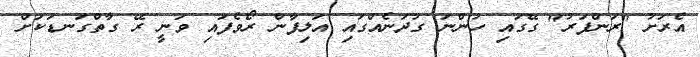
އެރަށު "ރަންފަރު" ގޭގައި ހުންނަ ގުދަނެއްގައި އަލިފާން ރޯވެފައި ވަނީ ރޭ ގާތްގަނޑަކަށް